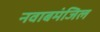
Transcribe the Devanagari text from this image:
नवाबमंजिल